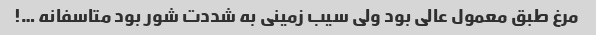
مرغ طبق معمول عالی بود ولی سیب زمینی به شددت شور بود متاسفانه …!